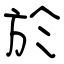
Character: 於